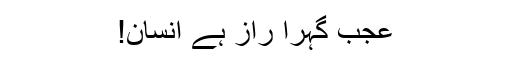
عجب گہرا راز ہے انسان!